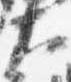
大